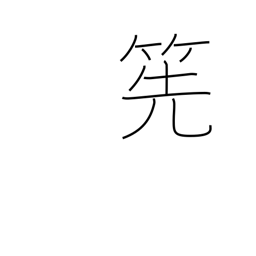
Meaning: bamboo whisk for tea-making